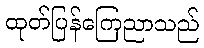
ထုတ်ပြန်ကြေညာသည်